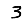
Digit: 3